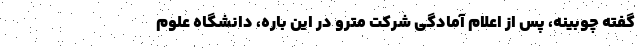
گفته چوبینه، پس از اعلام آمادگی شرکت مترو در این‌ باره، دانشگاه علوم